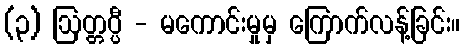
(၃) ဩတ္တပ္ပီ - မကောင်းမှုမှ ကြောက်လန့်ခြင်း။